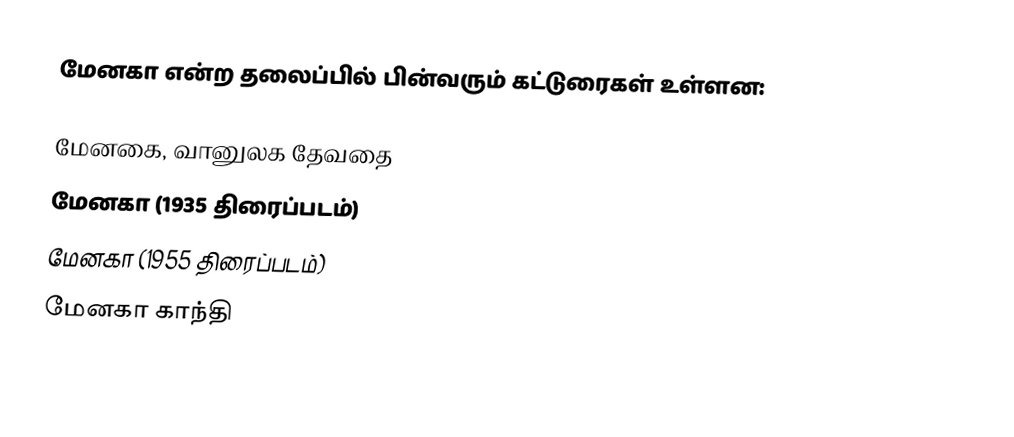
மேனகா என்ற தலைப்பில் பின்வரும் கட்டுரைகள் உள்ளன:

மேனகை, வானுலக தேவதை
 மேனகா (1935 திரைப்படம்)
 மேனகா (1955 திரைப்படம்)
 மேனகா காந்தி